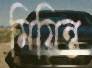
মিয়িন্ত